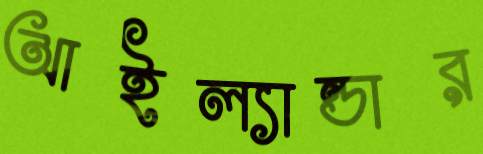
আইল্যান্ডার